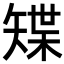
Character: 𥏭